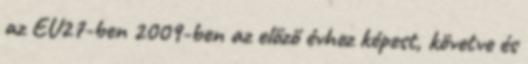
az EU27-ben 2009-ben az előző évhez képest, követve és